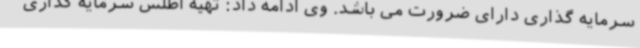
سرمایه گذاری دارای ضرورت می باشد. وی ادامه داد: تهیه اطلس سرمایه گذاری